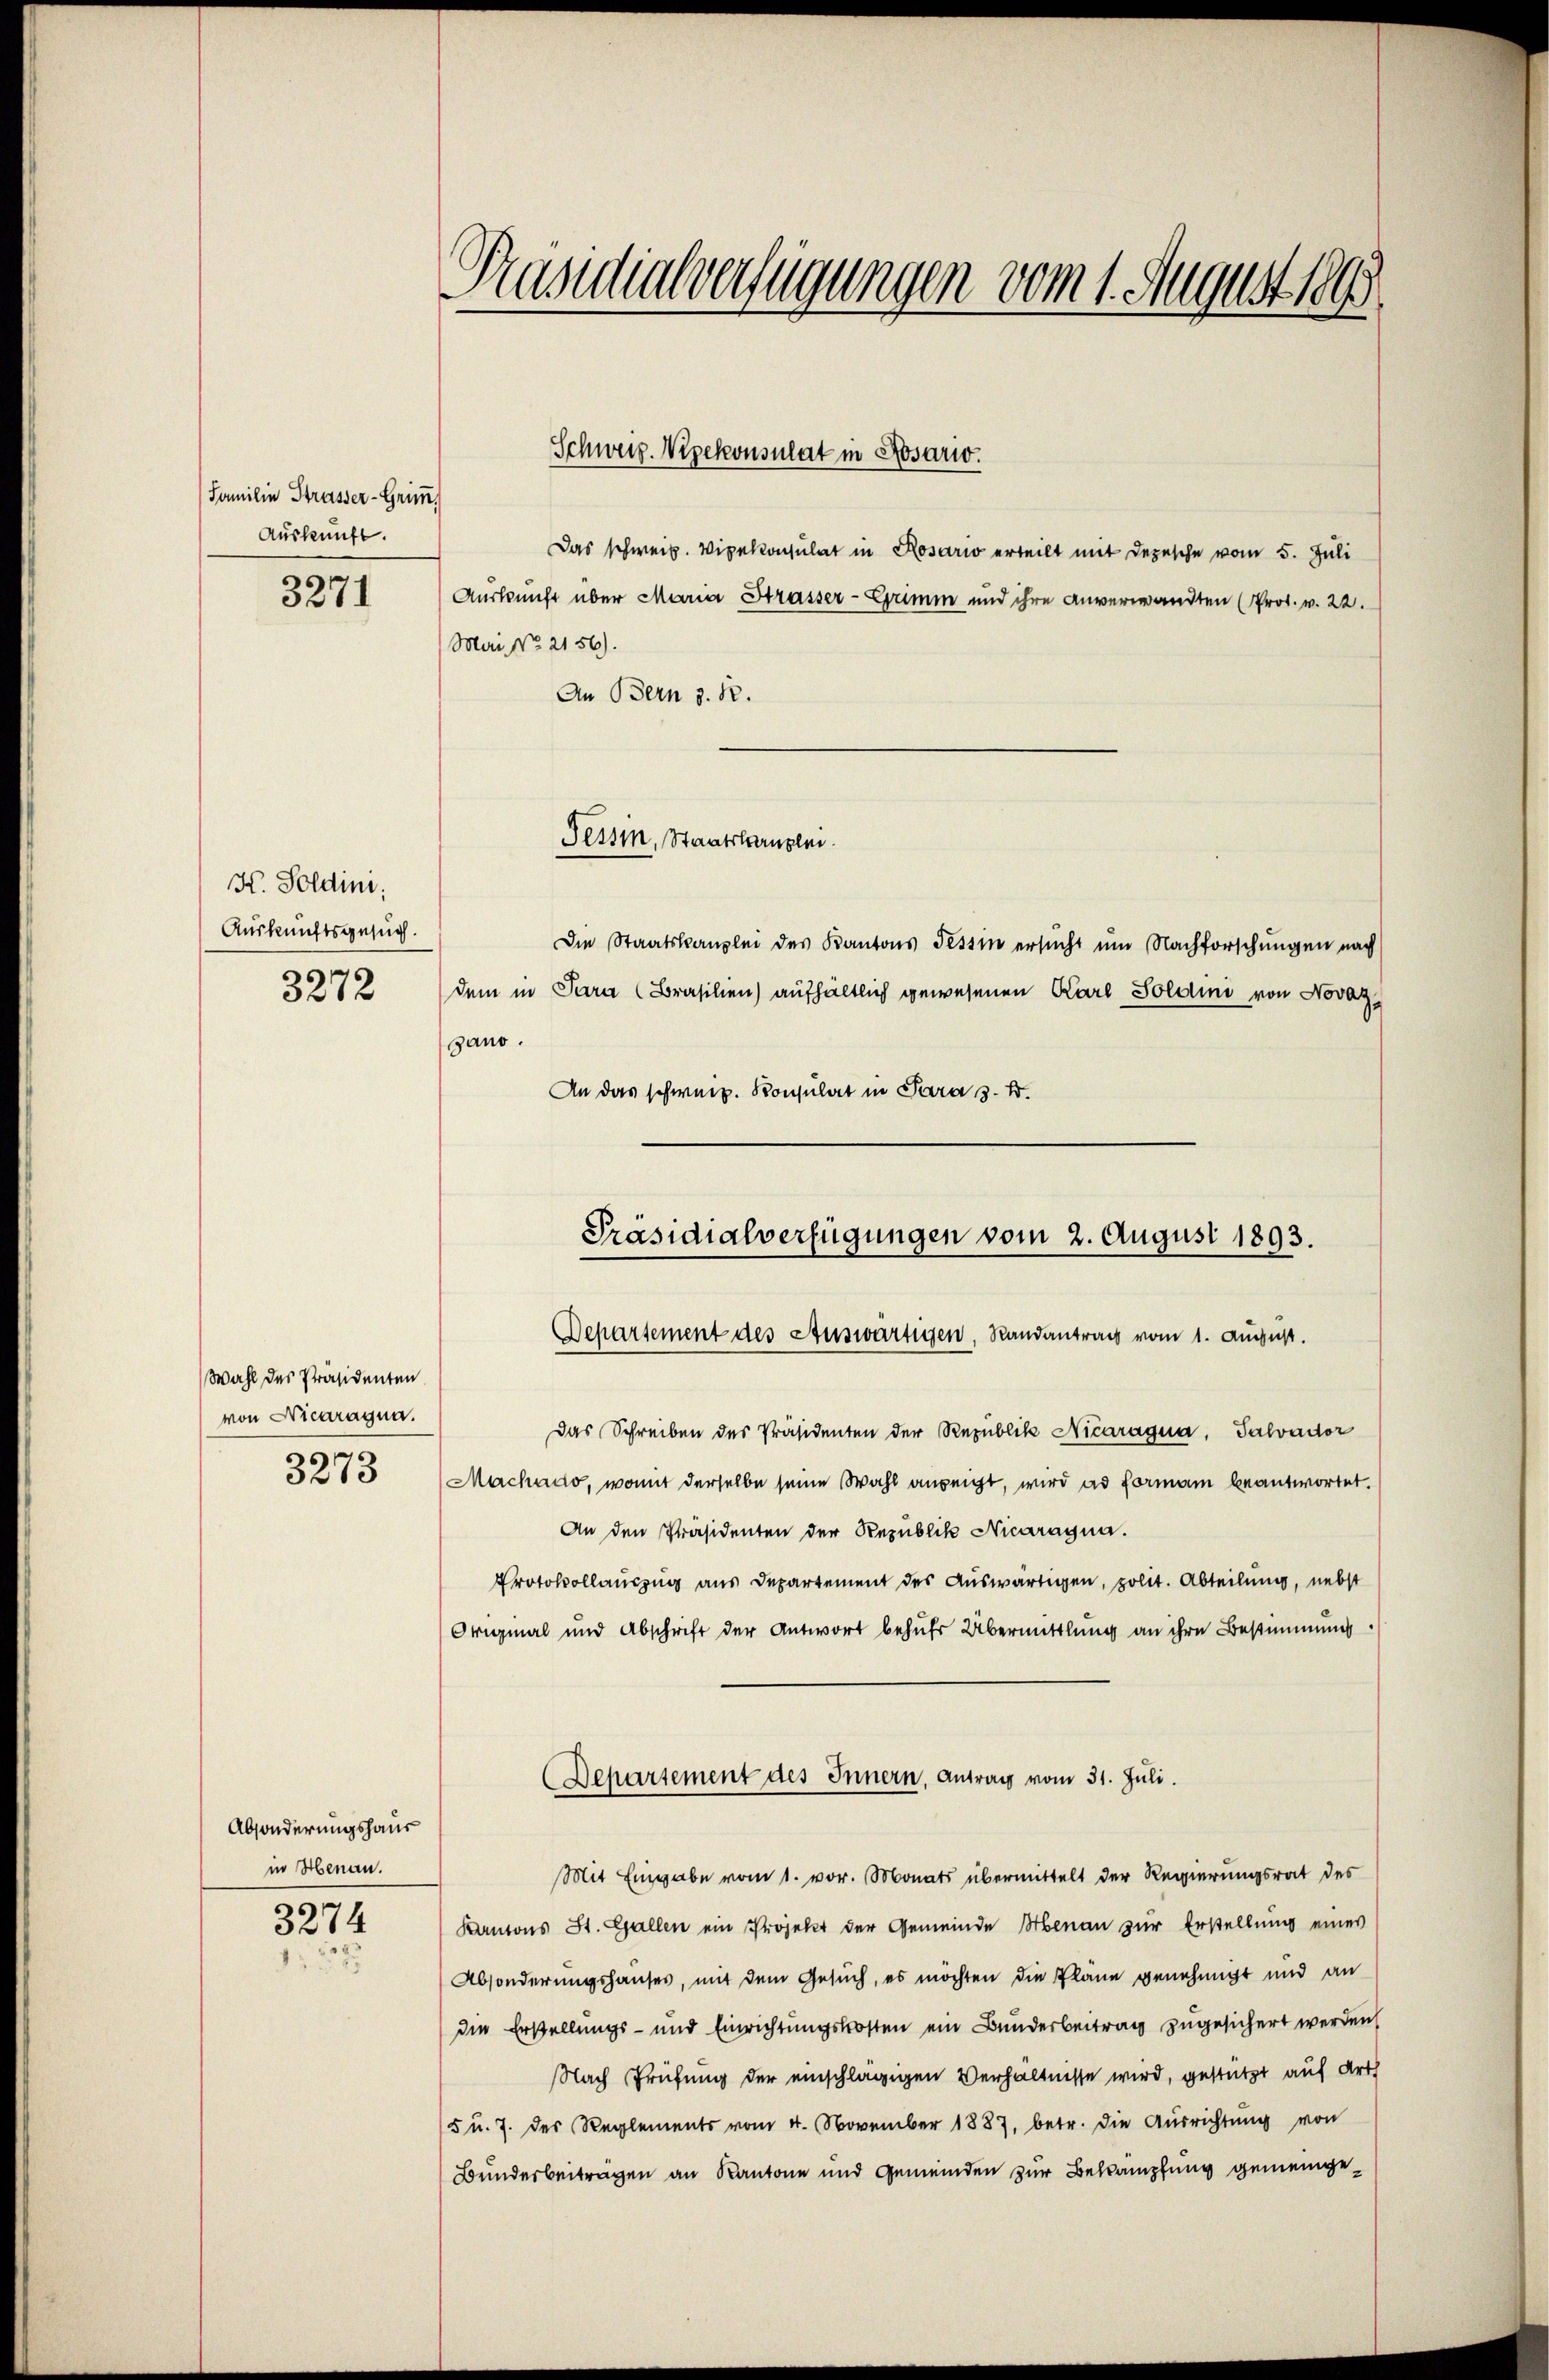
Familie Strasser-Grimm.
Auskunft.

3271

H. Soldini.
Auskunftsgesuch.
3272

Wahl des Präsidenten
von Nicaragua.

Absonderungshaus
in Henau.
3274

Präsidialverfügungen vom 1. August 1890

Schweiz. Vizekonsulat in Rosario.

Das schweiz. Vigekonsulat in Rosario erteilt mit Depesche vom 5. Juli
Auskunft über Maria Strasser-Grimm und ihre anverwandten (Prot. v. 22.
Mai NNo. 2156).
An Bern z. B.
Tessin, Staatskanzlei.
Die Staatskanzlei des Kantons Tessin ersŭcht ŭm Nachforschŭngen nach
dem in Para (Brasilien) aufhältlich gewesenen Karl Soldini von Novaz,
sano.
An das schweiz. Konsulat in Para 3. k.

Präsidialverfügungen vom 2. August 1893.
Departement des Auswärtigen, Randantrag vom 1. August.

Departement des Innern, Antrag vom 31. Juli.

Das Schreiben des Präsidenten der Republik Nicaragua. Salvador
3275 (Machado, womit derselbe seine Wahl anzeigt, wird ad Formann beantwortet.
An den Präsidenten der Republik Nicaragna.
Protokollauszug aus Departement des Auswärtigen, polit. Abteilung, nebst
Original und Abschrift der Antwort behuhr Übermittlung an ihre Bestimmung
Mit Eingabe vom 1. vor. Monats übermittelt der Regierungsrat des
Kantons St. Gallen ein Projekt der Gemeinde Menau zur Erstellung eines
Absonderungshauses, mit dem Gesuch, es möchten die Pläne genehmigt und an
die Erstellungs- und Einrichtungskosten ein Bunderbeitrag zugesichert werden
Nach Prüfung der einschlägigen Verhältnisse wird, gestützt auf Arth
5 u. 7. des Reglements vom 4. November 1887, betr. die Ausrichtung von
Bunderbeiträgen an Kantone und Gemeinden zur Bekämpfung gemeinge¬